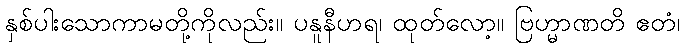
နှစ်ပါးသောကာမတို့ကိုလည်း။ ပနူနီဟရ၊ ထုတ်လော့။ ဗြဟ္မာဏတိ ဧတံ၊